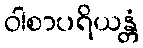
ဝါစာပရိယန္တံ